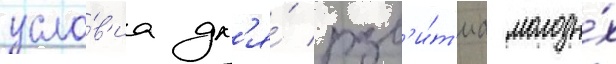
усло́в'иа дл'я́ разв'и́т'иа молоды́х